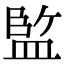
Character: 𭾆